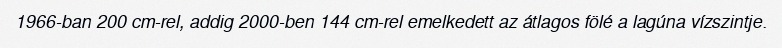
1966-ban 200 cm-rel, addig 2000-ben 144 cm-rel emelkedett az átlagos fölé a lagúna vízszintje.